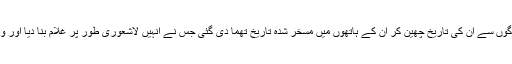
جس کی واضح مثال مسئلہ جموں کشمیر ہے جہاں لوگوں سے ان کی تاریخ چھین کر ان کے ہاتھوں میں مسخر شدہ تاریخ تھما دی گئی جس نے انہیں لاشعوری طور پر غلام بنا دیا اور وہ آذادی کے مغالطے میں” اپنا نصیب” سہہ رہے ہیں۔